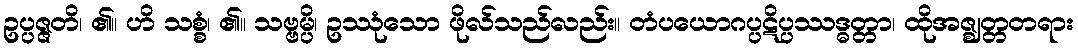
ဥပ္ပဇ္ဇတိ၊ ၏။ ဟိ သစ္စံ၊ ၏။ သဗ္ဗမ္ပိ၊ ဥဿုံသော ဖိုလ်သည်လည်း။ တံပယောဂပ္ပဋိပ္ပဿဒ္ဓတ္တာ၊ ထိုအဇ္ဈတ္တတရား